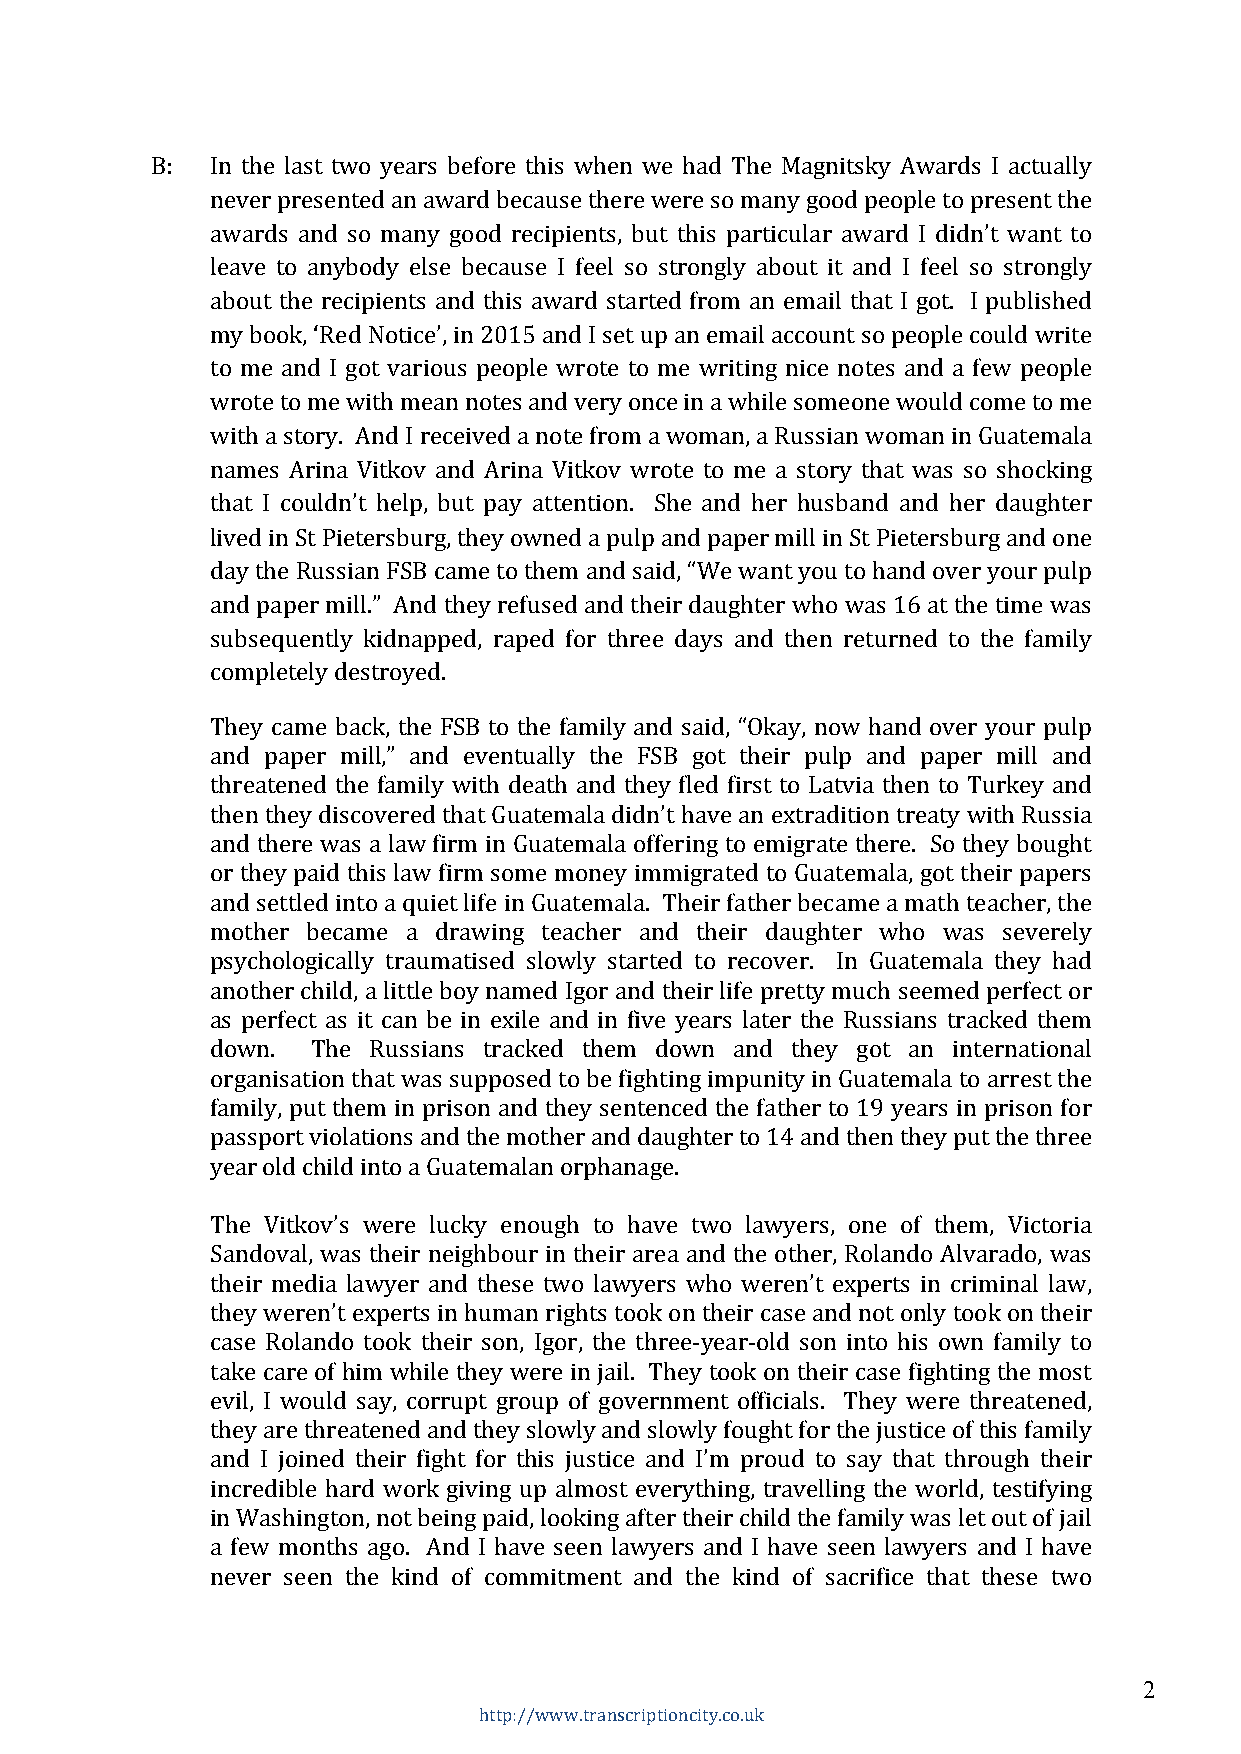
B:  In the last two years before this when we had The Magnitsky Awards I actually
 never presented an award because there were so many good people to present the
 awards and so many good recipients, but this particular award I didn’t want to
 leave to anybody else because I feel so strongly about it and I feel so strongly
 about the recipients and this award started from an email that I got. I published
 my book, ‘Red Notice’, in 2015 and I set up an email account so people could write
 to me and I got various people wrote to me writing nice notes and a few people
 wrote to me with mean notes and very once in a while someone would come to me
 with a story. And I received a note from a woman, a Russian woman in Guatemala
 names Arina Vitkov and Arina Vitkov wrote to me a story that was so shocking
 that I couldn’t help, but pay attention. She and her husband and her daughter
 lived in St Pietersburg, they owned a pulp and paper mill in St Pietersburg and one
 day the Russian FSB came to them and said, “We want you to hand over your pulp
 and paper mill.” And they refused and their daughter who was 16 at the time was
 subsequently kidnapped, raped for three days and then returned to the family
 completely destroyed.
 They came back, the FSB to the family and said, “Okay, now hand over your pulp
 and paper mill,” and eventually the FSB got their pulp and paper mill and
 threatened the family with death and they fled first to Latvia then to Turkey and
 then they discovered that Guatemala didn’t have an extradition treaty with Russia
 and there was a law firm in Guatemala offering to emigrate there. So they bought
 or they paid this law firm some money immigrated to Guatemala, got their papers
 and settled into a quiet life in Guatemala. Their father became a math teacher, the
 mother became a drawing teacher and their daughter who was severely
 psychologically traumatised slowly started to recover. In Guatemala they had
 another child, a little boy named Igor and their life pretty much seemed perfect or
 as perfect as it can be in exile and in five years later the Russians tracked them
 down.  The Russians tracked them down and they got an international
 organisation that was supposed to be fighting impunity in Guatemala to arrest the
 family, put them in prison and they sentenced the father to 19 years in prison for
 passport violations and the mother and daughter to 14 and then they put the three
 year old child into a Guatemalan orphanage.
 The Vitkov’s were lucky enough to have two lawyers, one of them, Victoria
 Sandoval, was their neighbour in their area and the other, Rolando Alvarado, was
 their media lawyer and these two lawyers who weren’t experts in criminal law,
 they weren’t experts in human rights took on their case and not only took on their
 case Rolando took their son, Igor, the three-year-old son into his own family to
 take care of him while they were in jail. They took on their case fighting the most
 evil, I would say, corrupt group of government officials. They were threatened,
 they are threatened and they slowly and slowly fought for the justice of this family
 and I joined their fight for this justice and I’m proud to say that through their
 incredible hard work giving up almost everything, travelling the world, testifying
 in Washington, not being paid, looking after their child the family was let out of jail
 a few months ago. And I have seen lawyers and I have seen lawyers and I have
 never seen the kind of commitment and the kind of sacrifice that these two
 2
 http://www.transcriptioncity.co.uk